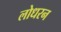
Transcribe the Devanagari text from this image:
लोधरन